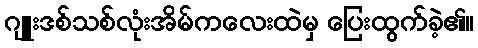
ဂျူးဒစ်သစ်လုံးအိမ်ကလေးထဲမှ ပြေးထွက်ခဲ့၏။